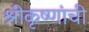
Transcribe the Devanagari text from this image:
श्रीकृष्णांची